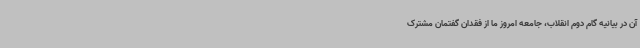
آن در بیانیه گام دوم انقلاب، جامعه امروز ما از فقدان گفتمان مشترک